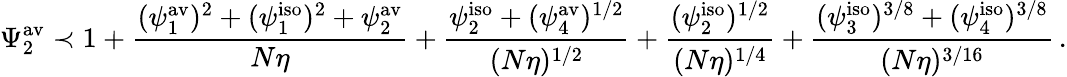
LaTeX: \Psi_{2}^{\mathrm{av}}\prec 1+\frac{(\psi_{1}^{\mathrm{av}})^{2}+{(\psi_{1}^{\mathrm{iso}})^{2}}+\psi_{2}^{\mathrm{av}}}{N\eta}+\frac{\psi_{2}^{\mathrm{iso}}+(\psi_{4}^{\mathrm{av}})^{1/2}}{(N\eta)^{1/2}}+\frac{(\psi_{2}^{\mathrm{iso}})^{1/2}}{(N\eta)^{1/4}}+\frac{(\psi_{3}^{\mathrm{iso}})^{3/8}+(\psi_{4}^{\mathrm{iso}})^{3/8}}{(N\eta)^{3/16}}\, .